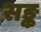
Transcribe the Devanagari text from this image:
सङ्क